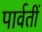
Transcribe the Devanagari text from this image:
पार्वतीं